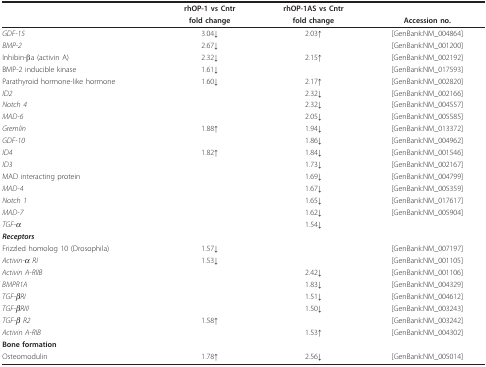
<table><thead><tr><td></td><td><b>rhOP-1 vs Cntr</b></td><td><b>rhOP-1AS vs Cntr</b></td><td></td></tr><tr><td></td><td><b>fold change</b></td><td><b>fold change</b></td><td><b>Accession no.</b></td></tr></thead><tbody><tr><td><i>GDF-15</i></td><td>3.04↓</td><td>2.03↑</td><td>[GenBank:NM_004864]</td></tr><tr><td><i>BMP-2</i></td><td>2.67↓</td><td></td><td>[GenBank:NM_001200]</td></tr><tr><td>Inhibin-βa (activin A)</td><td>2.32↓</td><td>2.15↑</td><td>[GenBank:NM_002192]</td></tr><tr><td>BMP-2 inducible kinase</td><td>1.61↓</td><td></td><td>[GenBank:NM_017593]</td></tr><tr><td>Parathyroid hormone-like hormone</td><td>1.60↓</td><td>2.17↑</td><td>[GenBank:NM_002820]</td></tr><tr><td><i>ID2</i></td><td></td><td>2.32↓</td><td>[GenBank:NM_002166]</td></tr><tr><td><i>Notch 4</i></td><td></td><td>2.32↓</td><td>[GenBank:NM_004557]</td></tr><tr><td><i>MAD-6</i></td><td></td><td>2.05↓</td><td>[GenBank:NM_005585]</td></tr><tr><td><i>Gremlin</i></td><td>1.88↑</td><td>1.94↓</td><td>[GenBank:NM_013372]</td></tr><tr><td><i>GDF-10</i></td><td></td><td>1.86↓</td><td>[GenBank:NM_004962]</td></tr><tr><td><i>ID4</i></td><td>1.82↑</td><td>1.84↓</td><td>[GenBank:NM_001546]</td></tr><tr><td><i>ID3</i></td><td></td><td>1.73↓</td><td>[GenBank:NM_002167]</td></tr><tr><td>MAD interacting protein</td><td></td><td>1.69↓</td><td>[GenBank:NM_004799]</td></tr><tr><td><i>MAD-4</i></td><td></td><td>1.67↓</td><td>[GenBank:NM_005359]</td></tr><tr><td><i>Notch 1</i></td><td></td><td>1.65↓</td><td>[GenBank:NM_017617]</td></tr><tr><td><i>MAD-7</i></td><td></td><td>1.62↓</td><td>[GenBank:NM_005904]</td></tr><tr><td><i>TGF-α</i></td><td></td><td>1.54↓</td><td></td></tr><tr><td><i><b>Receptors</b></i></td><td></td><td></td><td></td></tr><tr><td>Frizzled homolog 10 (Drosophila)</td><td>1.57↓</td><td></td><td>[GenBank:NM_007197]</td></tr><tr><td><i>Activin-α RI</i></td><td>1.53↓</td><td></td><td>[GenBank:NM_001105]</td></tr><tr><td><i>Activin A-RIIB</i></td><td></td><td>2.42↓</td><td>[GenBank:NM_001106]</td></tr><tr><td><i>BMPR1A</i></td><td></td><td>1.83↓</td><td>[GenBank:NM_004329]</td></tr><tr><td><i>TGF-βRI</i></td><td></td><td>1.51↓</td><td>[GenBank:NM_004612]</td></tr><tr><td><i>TGF-βRIII</i></td><td></td><td>1.50↓</td><td>[GenBank:NM_003243]</td></tr><tr><td><i>TGF-β R2</i></td><td>1.58↑</td><td></td><td>[GenBank:NM_003242]</td></tr><tr><td><i>Activin A-RIB</i></td><td></td><td>1.53↑</td><td>[GenBank:NM_004302]</td></tr><tr><td><b>Bone formation</b></td><td></td><td></td><td></td></tr><tr><td>Osteomodulin</td><td>1.78↑</td><td>2.56↓</td><td>[GenBank:NM_005014]</td></tr></tbody></table>